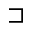
\sqsupset